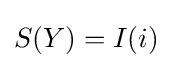
S(Y)=I(i)